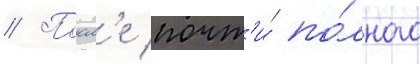
// Посл'е почт'и́ по́лного